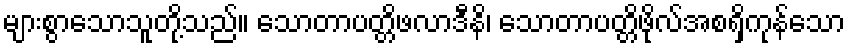
များစွာသောသူတို့သည်။ သောတာပတ္တိဖလာဒီနိ၊ သောတာပတ္တိဖိုလ်အစရှိကုန်သော